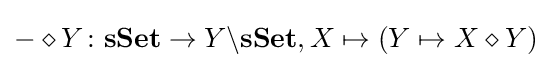
-\diamond Y\colon \mathbf {sSet} \rightarrow Y\backslash \mathbf {sSet} ,X\mapsto (Y\mapsto X\diamond Y)